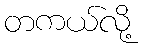
တကယ်လို့